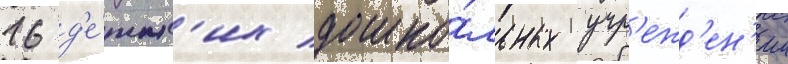
16 д'е́тск'их дошко́льных учр'ежд'ен'ии